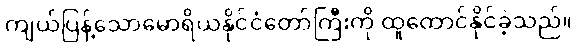
ကျယ်ပြန့်သောမောရိယနိုင်ငံတော်ကြီးကို ထူထောင်နိုင်ခဲ့သည်။